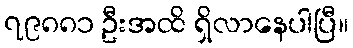
၇၉၈၈၁ ဦးအထိ ရှိလာနေပါပြီ။